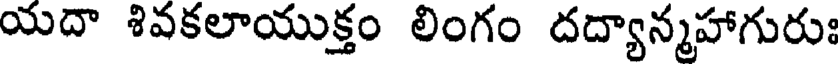
యదా శివకలాయుక్తం లింగం దద్యాన్మహాగురుః